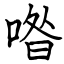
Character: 喒